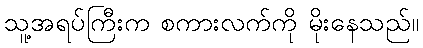
သူ့အရပ်ကြီးက စကားလက်ကို မိုးနေသည်။